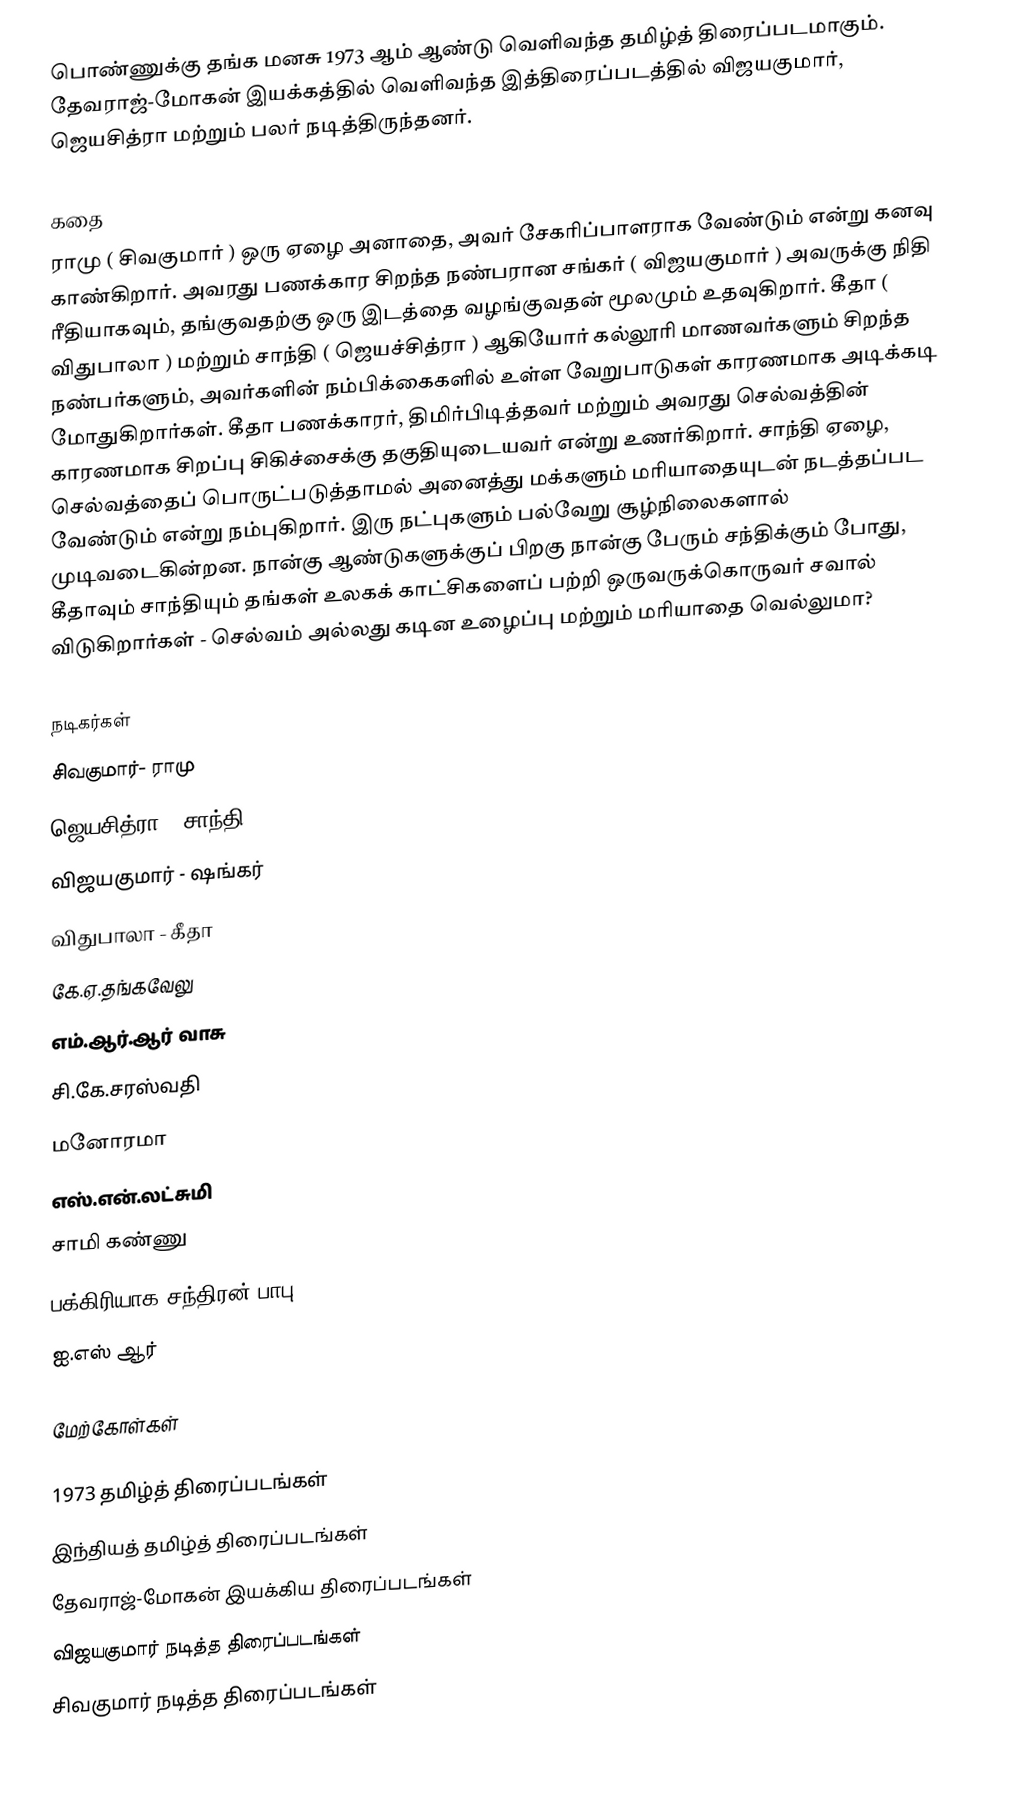
பொண்ணுக்கு தங்க மனசு 1973 ஆம் ஆண்டு வெளிவந்த தமிழ்த் திரைப்படமாகும். தேவராஜ்-மோகன் இயக்கத்தில் வெளிவந்த இத்திரைப்படத்தில் விஜயகுமார், ஜெயசித்ரா மற்றும் பலர் நடித்திருந்தனர்.

கதை
ராமு ( சிவகுமார் ) ஒரு ஏழை அனாதை, அவர் சேகரிப்பாளராக வேண்டும் என்று கனவு காண்கிறார். அவரது பணக்கார சிறந்த நண்பரான சங்கர் ( விஜயகுமார் ) அவருக்கு நிதி ரீதியாகவும், தங்குவதற்கு ஒரு இடத்தை வழங்குவதன் மூலமும் உதவுகிறார். கீதா ( விதுபாலா ) மற்றும் சாந்தி ( ஜெயச்சித்ரா ) ஆகியோர் கல்லூரி மாணவர்களும் சிறந்த நண்பர்களும், அவர்களின் நம்பிக்கைகளில் உள்ள வேறுபாடுகள் காரணமாக அடிக்கடி மோதுகிறார்கள். கீதா பணக்காரர், திமிர்பிடித்தவர் மற்றும் அவரது செல்வத்தின் காரணமாக சிறப்பு சிகிச்சைக்கு தகுதியுடையவர் என்று உணர்கிறார். சாந்தி ஏழை, செல்வத்தைப் பொருட்படுத்தாமல் அனைத்து மக்களும் மரியாதையுடன் நடத்தப்பட வேண்டும் என்று நம்புகிறார். இரு நட்புகளும் பல்வேறு சூழ்நிலைகளால் முடிவடைகின்றன. நான்கு ஆண்டுகளுக்குப் பிறகு நான்கு பேரும் சந்திக்கும் போது, கீதாவும் சாந்தியும் தங்கள் உலகக் காட்சிகளைப் பற்றி ஒருவருக்கொருவர் சவால் விடுகிறார்கள் - செல்வம் அல்லது கடின உழைப்பு மற்றும் மரியாதை வெல்லுமா?

நடிகர்கள்
 சிவகுமார்- ராமு
 ஜெயசித்ரா - சாந்தி
 விஜயகுமார் - ஷங்கர்
 விதுபாலா - கீதா
 கே.ஏ.தங்கவேலு
 எம்.ஆர்.ஆர் வாசு
 சி.கே.சரஸ்வதி
 மனோரமா
 எஸ்.என்.லட்சுமி
 சாமி கண்ணு
 பக்கிரியாக சந்திரன் பாபு
 ஐ.எஸ் ஆர்

மேற்கோள்கள்

1973 தமிழ்த் திரைப்படங்கள்
இந்தியத் தமிழ்த் திரைப்படங்கள்
தேவராஜ்-மோகன் இயக்கிய திரைப்படங்கள்
விஜயகுமார் நடித்த திரைப்படங்கள்
சிவகுமார் நடித்த திரைப்படங்கள்